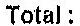
TOTAL: